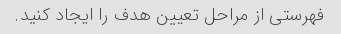
فهرستی از مراحل تعیین هدف را ایجاد کنید.